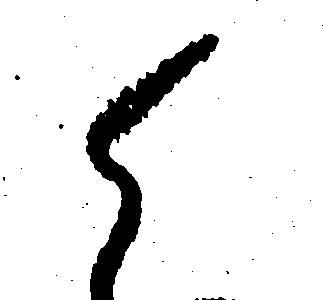
ら